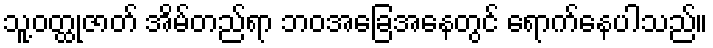
သူ့ဝတ္ထုဇာတ် အိမ်တည်ရာ ဘဝအခြေအနေတွင် ရောက်နေပါသည်။